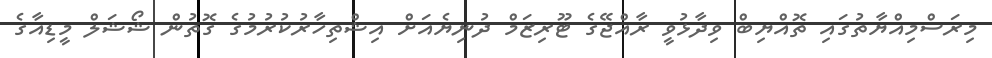
މިރަސްމިއްޔާތުގައި ތޮއްޔިބް ވިދާޅުވީ ރާއްޖޭގެ ޓޫރިޒަމް ދުނިޔެއަށް އިޝްތިހާރުކުރުމުގެ ގޮތުން ޝޯޝަލް މީޑިއާގެ